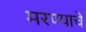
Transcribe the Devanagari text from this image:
मरण्याचे